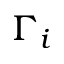
\Gamma _ { i }